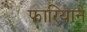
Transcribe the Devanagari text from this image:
फारियाने